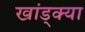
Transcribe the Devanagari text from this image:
खांड्क्या